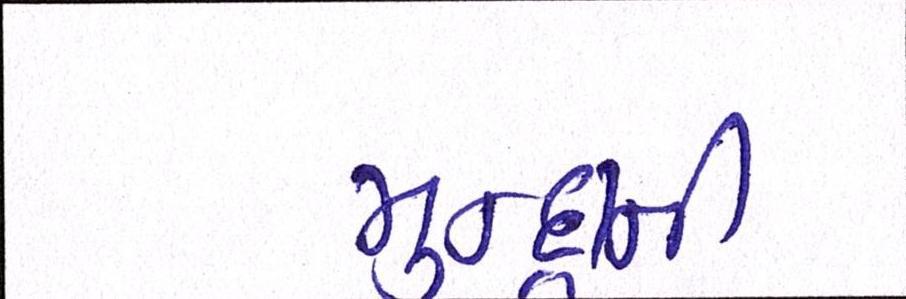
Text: મુન્દ્રાની